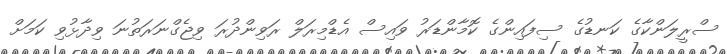
ސްރީލަންކާގެ ކަނޑުގެ ސިފައިންގެ ކޮމާންޑަރު ވައިސް އެޑްމިރަލް ރަވިންދުރަ ވިޖެގްނަރަތުނަ ވިދާޅުވި ކަމަށް